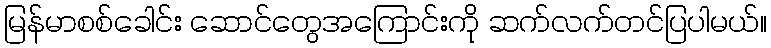
မြန်မာစစ်ခေါင်း ဆောင်တွေအကြောင်းကို ဆက်လက်တင်ပြပါမယ်။